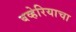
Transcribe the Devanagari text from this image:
बव्हेरियाचा